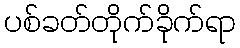
ပစ်ခတ်တိုက်ခိုက်ရာ